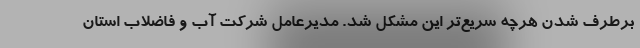
برطرف شدن هرچه سریع‌تر این مشکل شد. مدیرعامل شرکت آب و فاضلاب استان